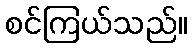
စင်ကြယ်သည်။